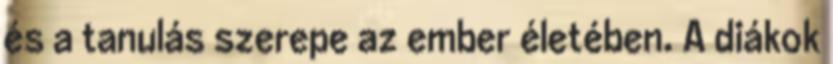
és a tanulás szerepe az ember életében. A diákok